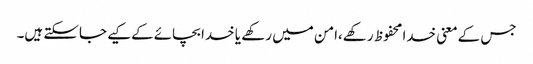
جس کےمعنی خدا محفوظ رکھے،امن میں رکھے یا خدا بچائےکےکیے جاسکتے ہیں۔